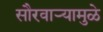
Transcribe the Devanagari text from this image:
सौरवाऱ्यामुळे